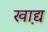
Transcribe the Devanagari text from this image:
खा़द्य